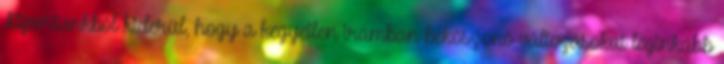
Riportunkból kiderül, hogy a kegyetlen iramban beköszönő változásokat leginkább